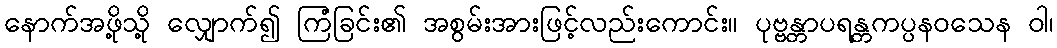
နောက်အဖို့သို့ လျှောက်၍ ကြံခြင်း၏ အစွမ်းအားဖြင့်လည်းကောင်း။ ပုဗ္ဗန္တာပရန္တကပ္ပနဝသေန ဝါ၊